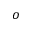
o